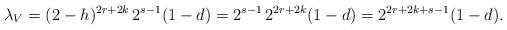
LaTeX: \begin{align*}\lambda_V = (2-h)^{2r+2k}\,2^{s-1}(1-d) = 2^{s-1}\,2^{2r + 2k}(1-d) = 2^{2r + 2k + s -1}(1-d).\end{align*}